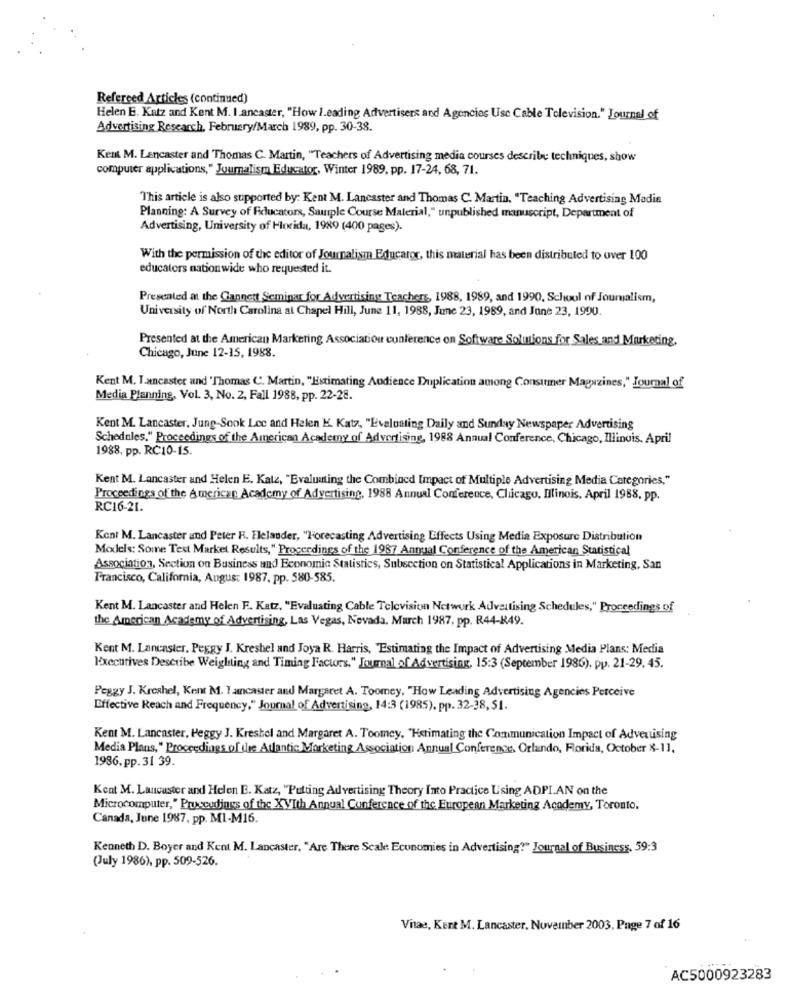
Refereed Articles (continued)
Helen E. Katz and Kent M. I.ancaster, "How I.eading Advertisers and Agencies Use Cable Television." Journal of
Advertising Research, February/March 1989, pp. 30-38.
Kent M. Lancaster and Thomas C. Martin, "Teachers of Advertising media courses describe techniques, show
computer applications," Journalism Educator, Winter 1989, pp. 17-24, 68, 71.
This article is also supported by: Kent M. Lancaster and Thomas C. Martin, "Teaching Advertising Media
Planning: A Survey of Fiducators, Sample Course Material," unpublished manuscript, Department of
Advertising, University of Florida, 1989 (400 pages).
With the permission of the editor of Journalism Educator, this material has been distributed to over 100
educators nationwide who requested it.
Presented at the Gannett Seminar for Advertising Teachers, 1988, 1989, and 1990, School of Journalism,
University of North Carolina at Chapel Hill, June 11, 1988, June 23, 1989, and June 23, 1990.
Presented at the American Marketing Association conference on Software Solutions for Sales and Marketing.
Chicago, June 12-15, 1988.
Kent M. I.ancaster and 'Thomas C. Martin, "Estimating Audience Duplication among Consummer Magazines," Journal of
Media Planning, Vol. 3, No. 2, Fall 1988, pp. 22-28.
Kent M. Lancaster, Jung-Sook Lec and Helen K. Katz, "Evaluating Daily and Sunday Newspaper Advertising
Schedules," Proceedings of the American Academy of Advertising, 1988 Annual Conference, Chicago, Illinois. April
1988, pp. RC10-15.
Kent M. Lancaster and Helen E. Katz, "Evaluating the Combined Impact of Multiple Advertising Media Categories,"
Proceedings of the American Academy of Advertising, 1988 Annual Conference, Chicago, Illinois, April 1988, pp.
RC16-21.
Kent M. Lancaster and Peter F. Flelander, "Forecasting Advertising Effects Using Media Exposure Distribution
Moxdels: Some Test Market Results," Proceedings of the 1987 Annual Conference of the American Statistical
Association, Section on Business and Economic Statistics, Subsection on Statistical Applications in Marketing, San
Francisco, California, Angus: 1987, pp. 580-585.
Kent M. Lancaster and Helen F .. Katz, "Evaluating Cable Television Network Advertising Schedules," Proceedings of
the American Academy of Advertising, Las Vegas, Nevada. March 1987, pp. R44-R49.
Kent M. Lancaster, Peggy J. Kreshel and Joya R. Harris, Estimating the Impact of Advertising Media Plans: Media
Executives Describe Weighting and Timing Factors," Journal of Advertising, 15:3 (September 1986), pp. 21-29. 45.
Peggy J. Kreshel, Kent M. Yacaster and Margaret A. Toomey, "How Leading Advertising Agencies Perceive
Effective Reach and Frequency," Journal of Advertising, 14:3 (1985). pp. 32-38, 51.
Kent M. Lancaster, Peggy J. Kreshel and Margaret A. Toomey, "Hetimating the Communication Impact of Advertising
Media Plans," Proceedings of the Atlantic Marketing Association Annual Conference, Orlando, Florida, October %-11.
1986, pp.31 39.
Kent M. Lancaster and Helen E. Katz, "Putting Advertising Theory Into Practice Using ADPI.AN on the
Microcomputer, " Pruscodings of the XVIth Annual Conference of the European Marketing Academy, Toronto.
Canada, June 1987, pp. MI-M16.
Kenneth D. Boyer and Kent M. Lancaster, "Are There Scale Economies in Advertising?" Journal of Business, 59:3
(July 1986), pp. 509-526.
Vitae, Kent M. Lancaster, November 2003, Page 7 of 16
AC5000923283